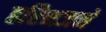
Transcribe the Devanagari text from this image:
हरिभजने